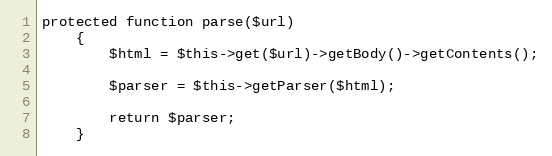
Language: PHP
protected function parse($url)
    {
        $html = $this->get($url)->getBody()->getContents();

        $parser = $this->getParser($html);

        return $parser;
    }